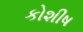
કોશીષ